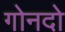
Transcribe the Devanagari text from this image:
गोनदो